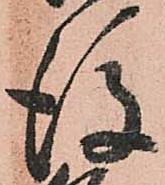
後